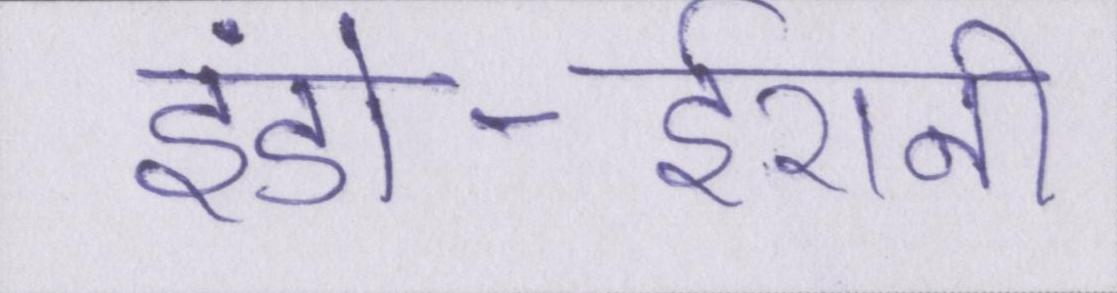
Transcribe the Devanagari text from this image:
इंडो-ईरानी